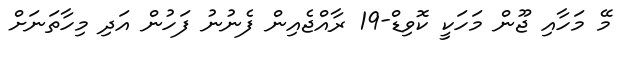
މޭ މަހާއި ޖޫން މަހަކީ ކޮވިޑް-19 ރާއްޖެއިން ފެނުނު ފަހުން އަދި މިހާތަނަށް